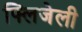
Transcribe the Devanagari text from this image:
फ्लिजेली